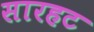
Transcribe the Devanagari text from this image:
सारहट